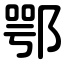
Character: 鄂